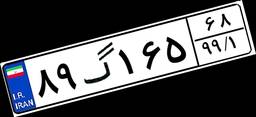
۸۹گ۱۶۵۶۸